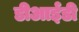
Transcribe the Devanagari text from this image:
डीआईडी